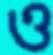
ও